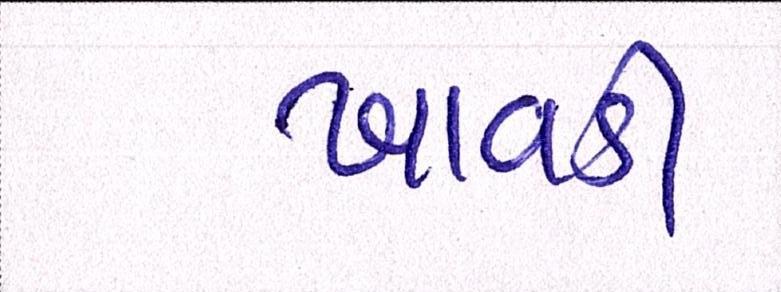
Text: ખાવડી